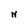
Character: N